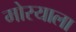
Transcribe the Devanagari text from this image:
मोरयाला